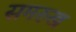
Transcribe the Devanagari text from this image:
समरुख